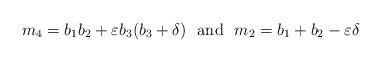
LaTeX: \begin{align*}m_{4}=b_{1}b_{2}+\varepsilon b_{3}(b_{3}+\delta)~~\mbox{and}~~m_{2}=b_{1}+b_{2}-\varepsilon\delta\end{align*}